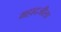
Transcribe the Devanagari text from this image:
महादजीला